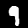
Label: 9